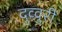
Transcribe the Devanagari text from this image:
दुव्वुरी